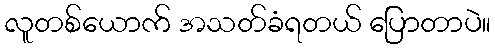
လူတစ်ယောက် အသတ်ခံရတယ် ပြောတာပဲ။